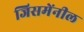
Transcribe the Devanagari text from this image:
जिसमेंनील